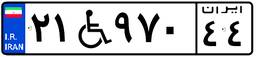
۲۱W۹۷۰۴۴